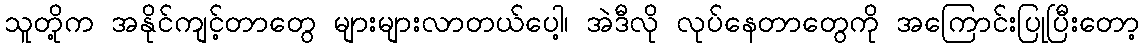
သူတို့က အနိုင်ကျင့်တာတွေ များများလာတယ်ပေါ့၊ အဲဒီလို လုပ်နေတာတွေကို အကြောင်းပြုပြီးတော့